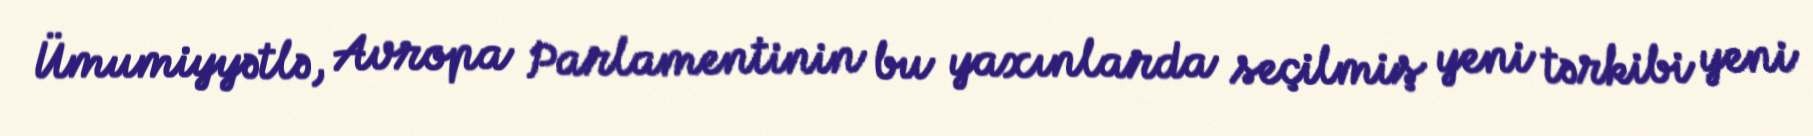
Ümumiyyətlə, Avropa Parlamentinin bu yaxınlarda seçilmiş yeni tərkibi yeni